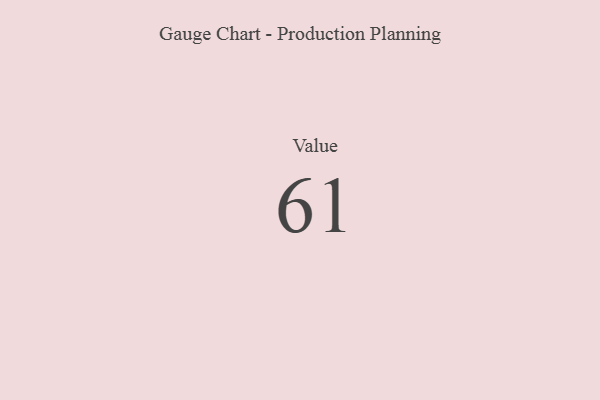
{"axis": {"x": "Metric", "y": "Value"}, "legend": [""], "data": [{"x": "Value", "y": 61, "type": ""}]}